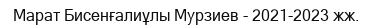
Марат Бисенғалиұлы Мурзиев - 2021-2023 жж.